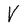
Character: V